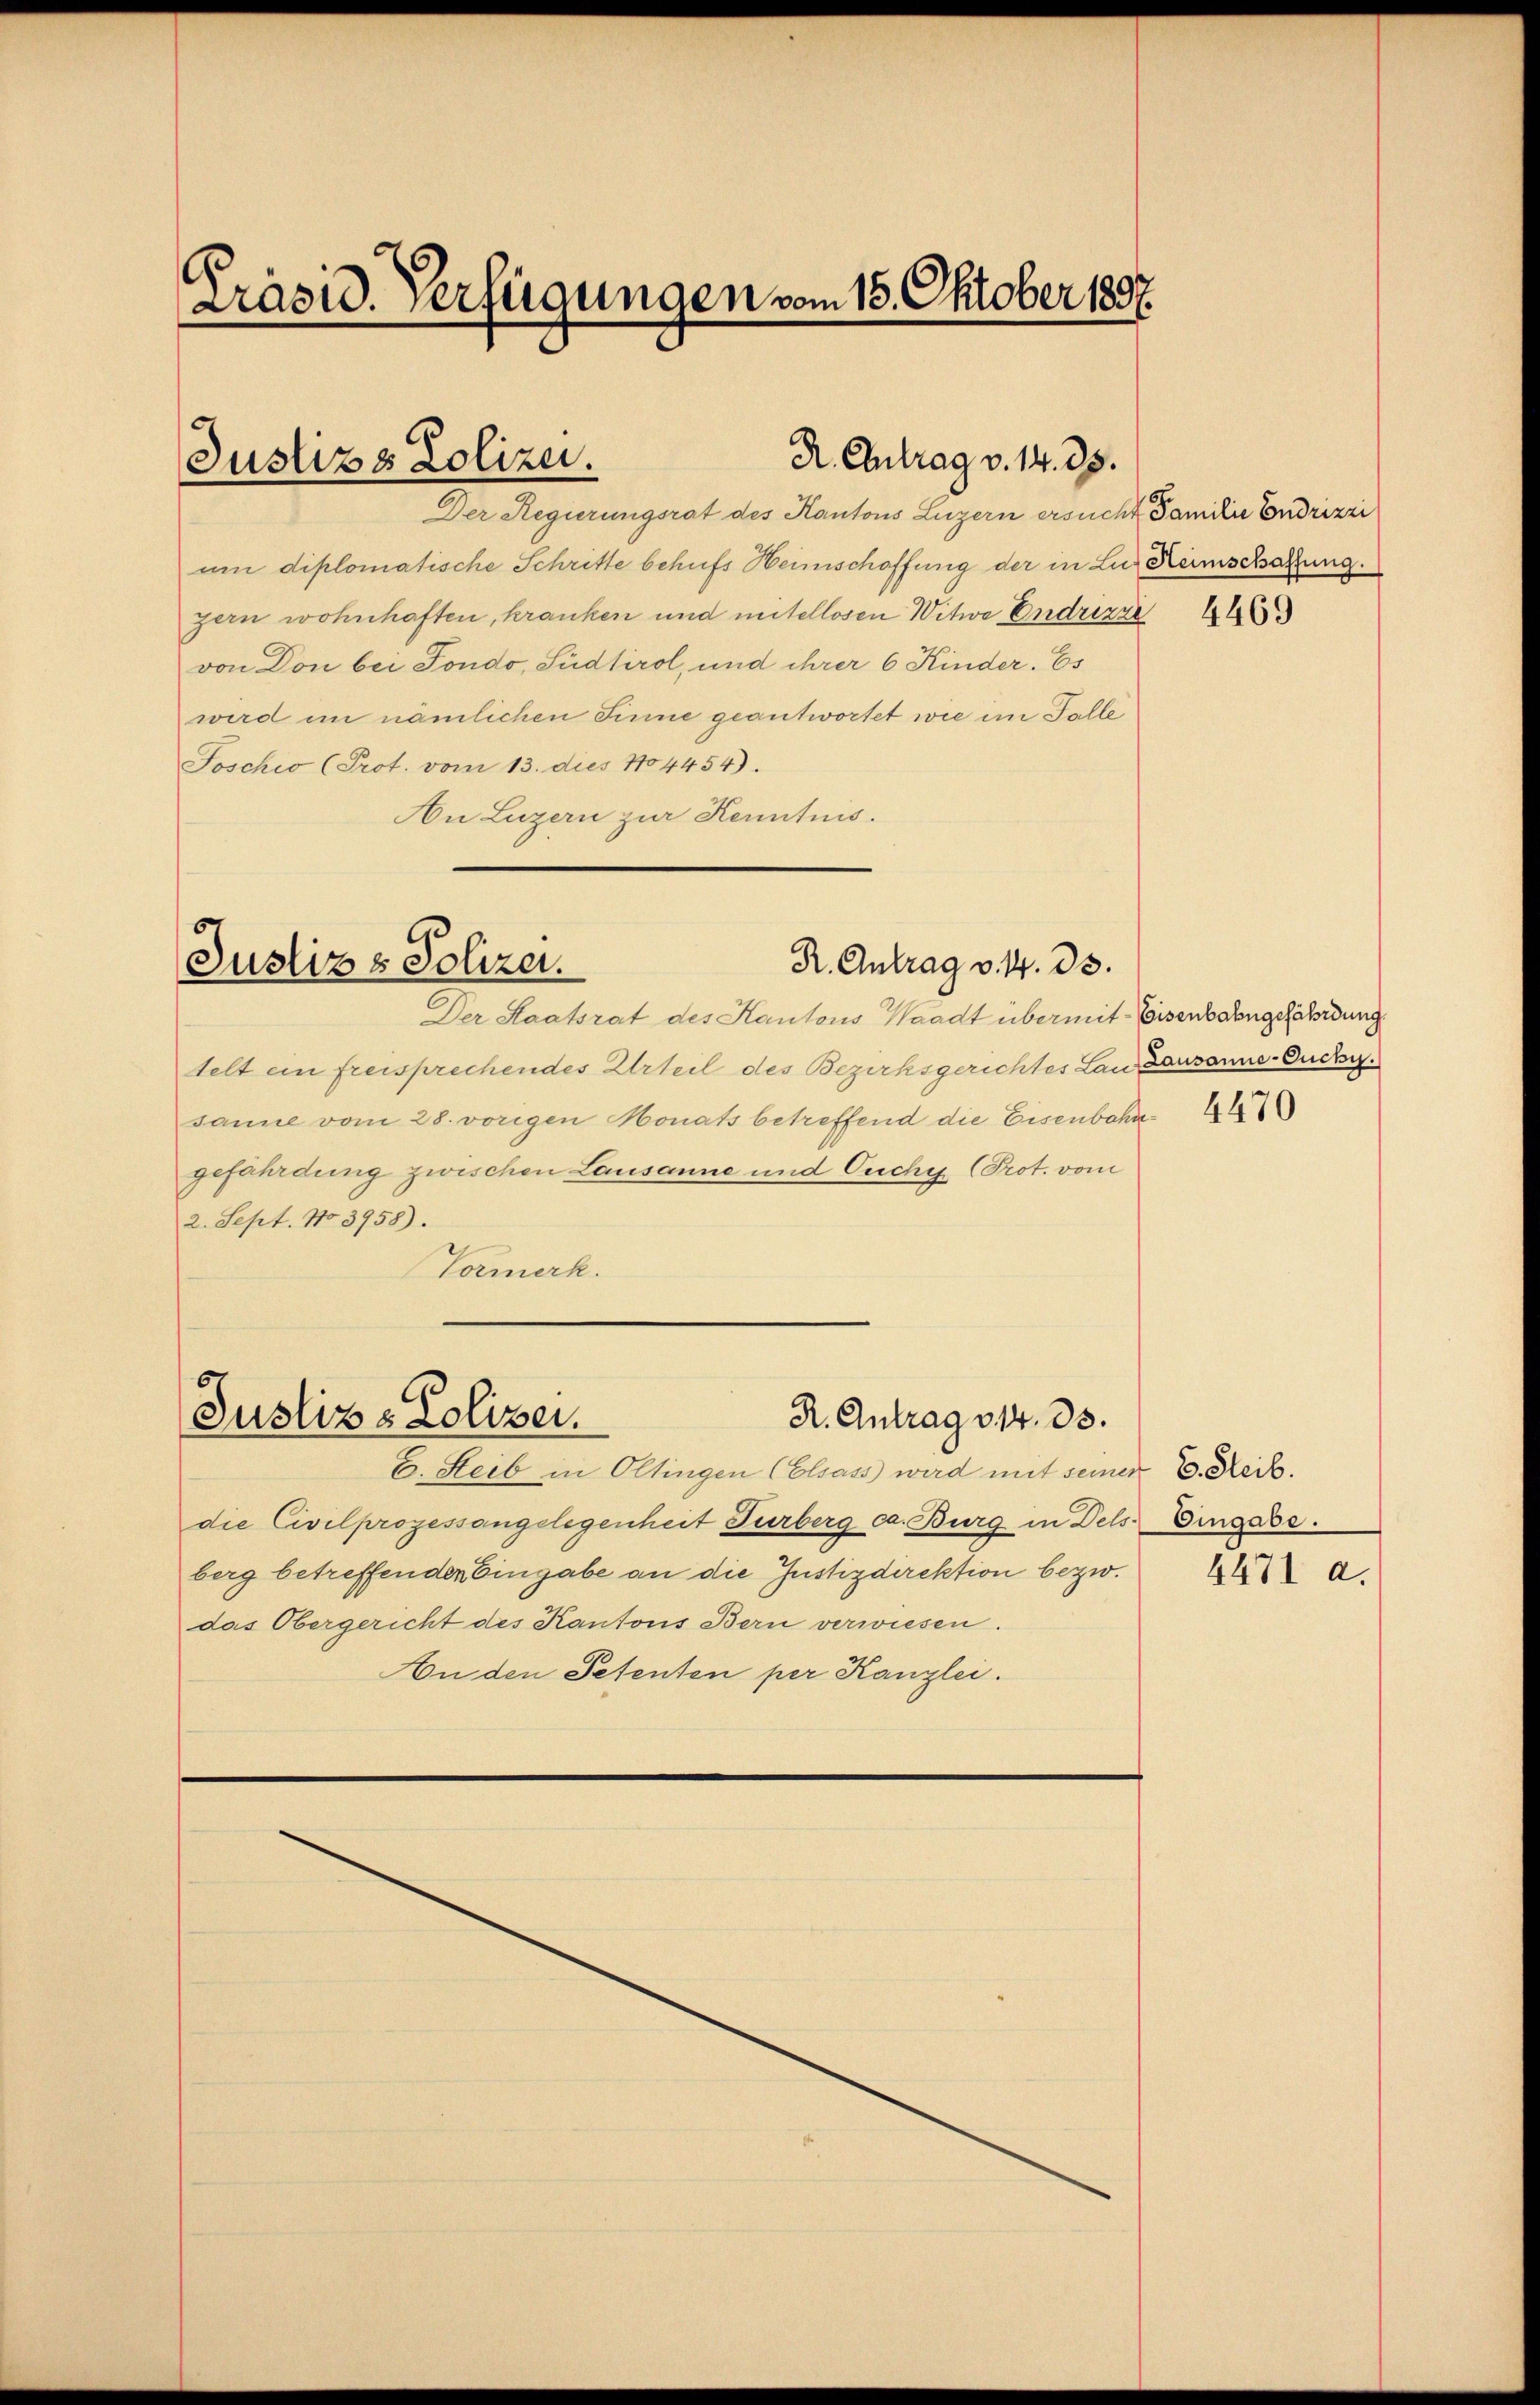
Präsid. Verfügungen vom 15. Oktober 1807.

Justizs Polizei.

Der Regierungsrat des Kantons Luzern ersucht Familie Endrizzi
um diplomatische Schritte behufs Heimschaffung der in Luz Keimschaftung
gern wohnhaften, kranken und mitellosen Witwe Endrizze
von Don bei Fondo, Südtirol, und ihrer 6 Kinder. Es
wird im nämlichen Sinne geantwortet wie im Falle
Joschio (Prot. vom 13. dies 1804454).
An Luzern zur Kenntnis.

Der Staatsrat des Kantons Waadt übermit Eisenbahngefährdung
telt ein freisprechendes Urteil des Bezirksgerichtes Landausanne-Ouchy.
sanne vom 28. vorigen Monats betreffend die Eisenbahngefährdung zwischen Lausanne und Ouchy (Prot. vom
2. Sept. No 3958).
Vormerk.

R. Antrag v. 14. 35.

c
R. Antrag v. 4. ds.
Justiz & Polizei.

R. Antrag 314. ds.
Justiz & Lolizei.

die Civilprozessangelegenheit Turberg ca. Burg in Dels Eingabe.
berg betreffenden Eingabe an die Justizdirektion bezw.
das Obergericht des Kantons Bern verwiesen.
An den Petenten per Kanzlei.

E. Steib in Oltingen (Elsass wird mit seiner D. Reck.

4469

4470

4471 a.